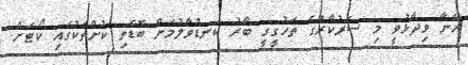
އޭނާ ވިދާޅުވީ މި ސަރުކާރުގެ ތަހުގީގީ ބާރު ކަނޑުވާލުމަށް ބޮޑެތި ކުށްތަކުގައި ކޯޓަށް